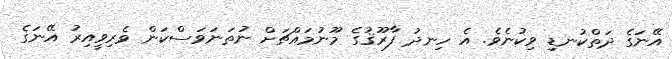
އޭނަގެ ދަތްކުނޑި ވިކުނެވެ. އެ ހިނދު ފާރޫޤުގެ މޫނުމައްޗަށް ނުތަނަވަސްކަން ވެރިވީއިރު އޭނަގެ